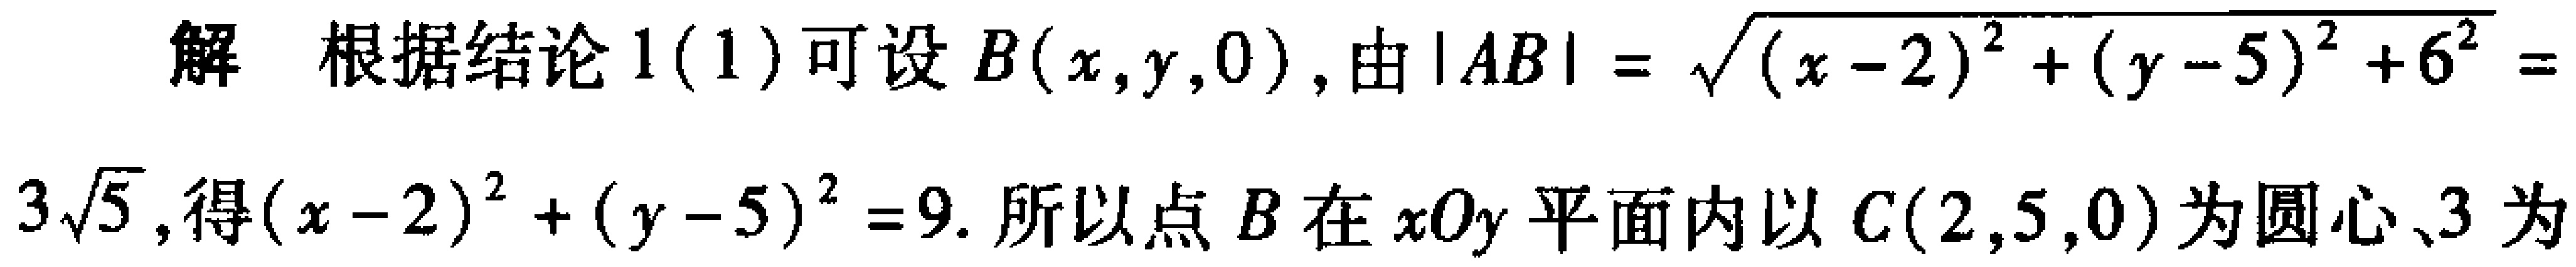
解 根据结论 1(1) 可设 \(B(x,y,0)\), 由 \(|AB|=\sqrt{(x - 2)^{2}+(y - 5)^{2}+6^{2}}=\) \(3\sqrt{5}\), 得 \((x - 2)^{2}+(y - 5)^{2}=9\). 所以点 \(B\) 在 \(xOy\) 平面内以 \(C(2,5,0)\) 为圆心、\(3\) 为